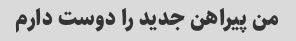
من پیراهن جدید را دوست دارم